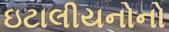
ઇટાલીયનોનો